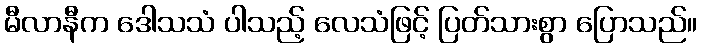
မီလာနီက ဒေါသသံ ပါသည့် လေသံဖြင့် ပြတ်သားစွာ ပြောသည်။